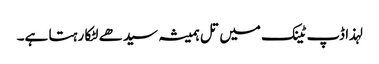
لہذا ڈپ ٹینک میں تل ہمیشہ سیدھے لٹکا رہتا ہے۔